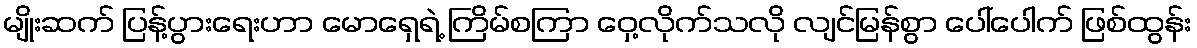
မျိုးဆက် ပြန့်ပွားရေးဟာ မောရှေရဲ့ ကြိမ်စကြာ ဝှေ့လိုက်သလို လျင်မြန်စွာ ပေါ်ပေါက် ဖြစ်ထွန်း